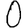
Digit: 0